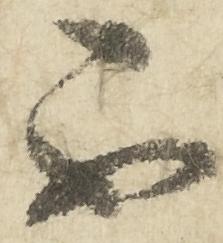
不